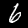
Digit: 6